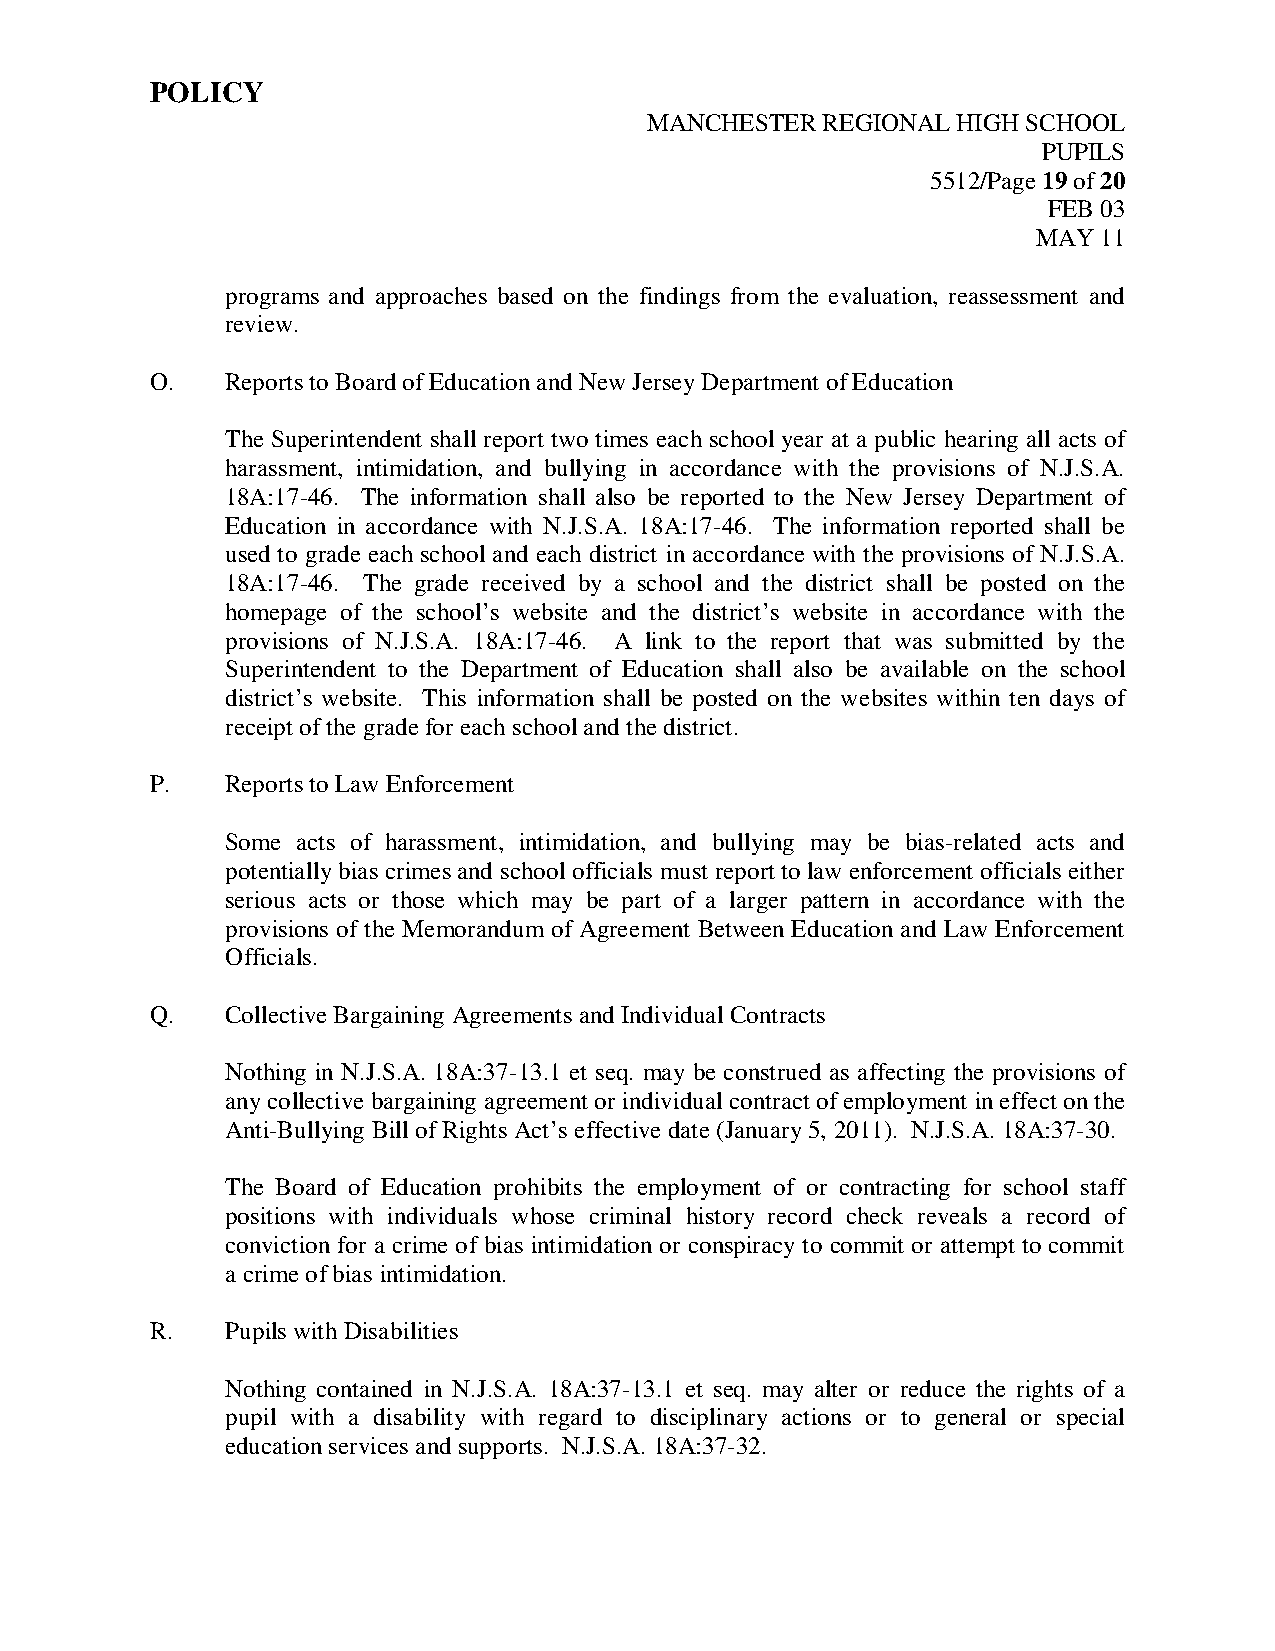
POLICY
 MANCHESTER REGIONAL HIGH SCHOOL
 PUPILS
 5512/Page 19 of 20
 FEB 03
 MAY 11
 programs and approaches based on the findings from the evaluation, reassessment and
 review.
 O.   Reports to Board of Education and New Jersey Department of Education
 The Superintendent shall report two times each school year at a public hearing all acts of
 harassment, intimidation, and bullying in accordance with the provisions of N.J.S.A.
 18A:17-46. The information shall also be reported to the New Jersey Department of
 Education in accordance with N.J.S.A. 18A:17-46. The information reported shall be
 used to grade each school and each district in accordance with the provisions of N.J.S.A.
 18A:17-46. The grade received by a school and the district shall be posted on the
 homepage of the school’s website and the district’s website in accordance with the
 provisions of N.J.S.A. 18A:17-46. A link to the report that was submitted by the
 Superintendent to the Department of Education shall also be available on the school
 district’s website. This information shall be posted on the websites within ten days of
 receipt of the grade for each school and the district.
 P.   Reports to Law Enforcement
 Some acts of harassment, intimidation, and bullying may be bias-related acts and
 potentially bias crimes and school officials must report to law enforcement officials either
 serious acts or those which may be part of a larger pattern in accordance with the
 provisions of the Memorandum of Agreement Between Education and Law Enforcement
 Officials.
 Q.   Collective Bargaining Agreements and Individual Contracts
 Nothing in N.J.S.A. 18A:37-13.1 et seq. may be construed as affecting the provisions of
 any collective bargaining agreement or individual contract of employment in effect on the
 Anti-Bullying Bill of Rights Act’s effective date (January 5, 2011). N.J.S.A. 18A:37-30.
 The Board of Education prohibits the employment of or contracting for school staff
 positions with individuals whose criminal history record check reveals a record of
 conviction for a crime of bias intimidation or conspiracy to commit or attempt to commit
 a crime of bias intimidation.
 R.   Pupils with Disabilities
 Nothing contained in N.J.S.A. 18A:37-13.1 et seq. may alter or reduce the rights of a
 pupil with a disability with regard to disciplinary actions or to general or special
 education services and supports. N.J.S.A. 18A:37-32.